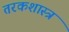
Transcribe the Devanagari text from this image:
तरकशास्त्र